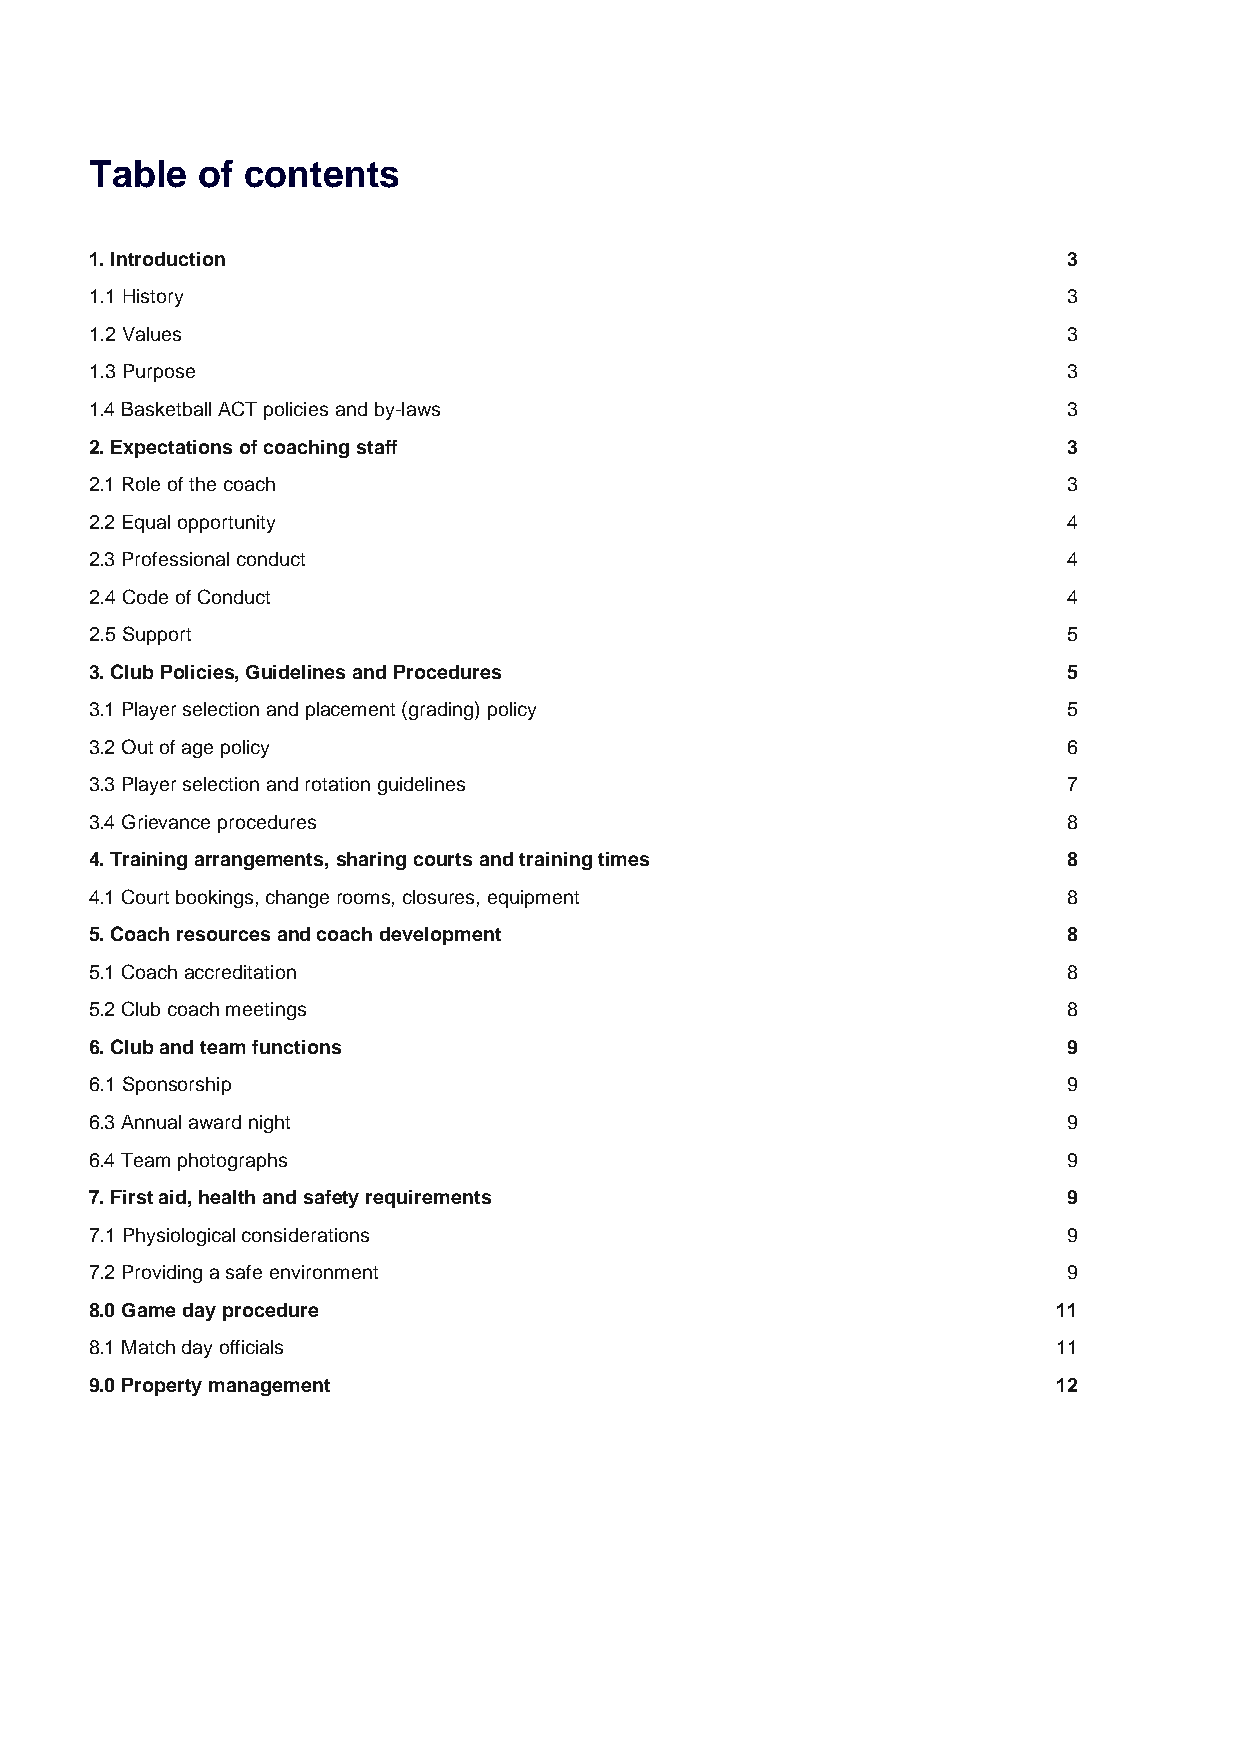
Table  of contents
 1. Introduction                                                  3
 1.1 History                                                      3
 1.2 Values                                                       3
 1.3 Purpose                                                      3
 1.4 Basketball ACT policies and by-laws                          3
 2. Expectations of coaching staff                                3
 2.1 Role of the coach                                            3
 2.2 Equal opportunity                                            4
 2.3 Professional conduct                                         4
 2.4 Code of Conduct                                              4
 2.5 Support                                                      5
 3. Club Policies, Guidelines and Procedures                      5
 3.1 Player selection and placement (grading) policy              5
 3.2 Out of age policy                                            6
 3.3 Player selection and rotation guidelines                     7
 3.4 Grievance procedures                                         8
 4. Training arrangements, sharing courts and training times      8
 4.1 Court bookings, change rooms, closures, equipment            8
 5. Coach resources and coach development                         8
 5.1 Coach accreditation                                          8
 5.2 Club coach meetings                                          8
 6. Club and team functions                                       9
 6.1 Sponsorship                                                  9
 6.3 Annual award night                                           9
 6.4 Team photographs                                             9
 7. First aid, health and safety requirements                     9
 7.1 Physiological considerations                                 9
 7.2 Providing a safe environment                                 9
 8.0 Game day procedure                                          11
 8.1 Match day officials                                         11
 9.0 Property management                                         12